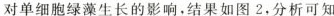
对单细胞绿藻生长的影响，结果如图2，分析可知